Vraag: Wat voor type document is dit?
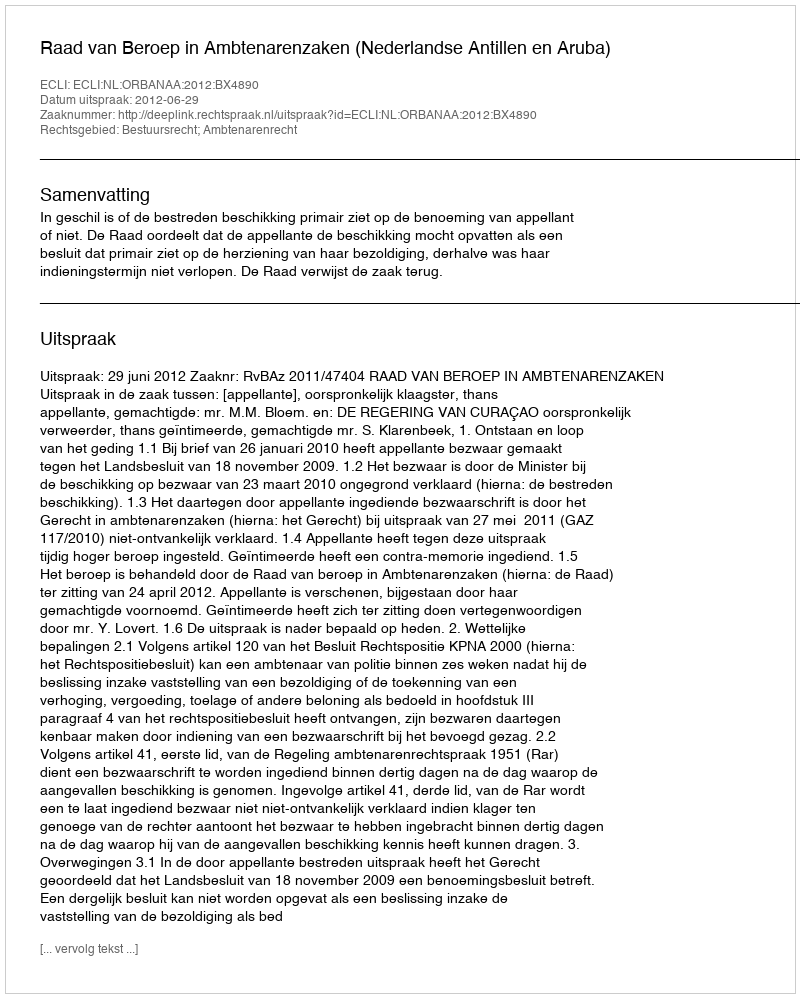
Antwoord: Uitspraak